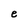
Character: e